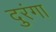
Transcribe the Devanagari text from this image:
दुरंगा